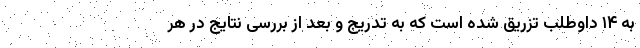
به ۱۴ داوطلب تزریق شده است که به تدریج و بعد از بررسی نتایج در هر